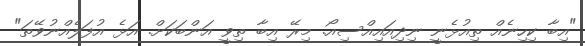
"އިބާ ކިހިނެއް ތިއުޅެނީ ނިދިއައިއްސިއޯ. މިރޭ އިބާ ތިވީ އަންބަކަށް. އަޅެ އުފަލެއްނުވޭތަ"